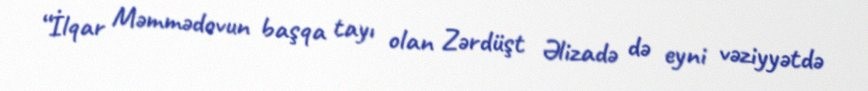
“İlqar Məmmədovun başqa tayı olan Zərdüşt Əlizadə də eyni vəziyyətdə